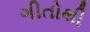
ગીતોથી